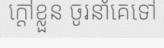
ក្តៅខ្លួន ចូរនាំគេទៅ